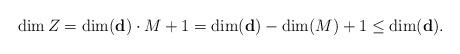
LaTeX: \begin{align*} \dim Z=\dim(\textbf{d})\cdot M+1=\dim(\textbf{d})-\dim(M)+1\leq\dim(\textbf{d}).\end{align*}